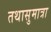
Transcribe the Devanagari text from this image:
तथासुमात्रा